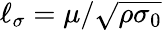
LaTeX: \ell_{\sigma}=\mu/\sqrt{\rho\sigma_{0}}